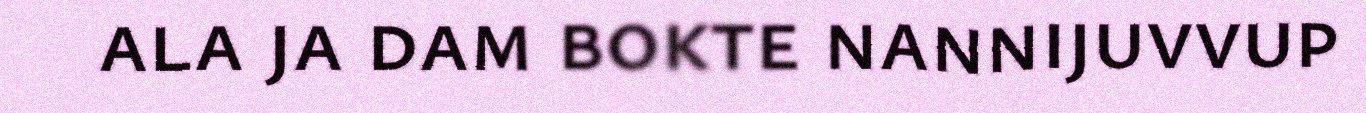
ala ja dam bokte nannijuvvup